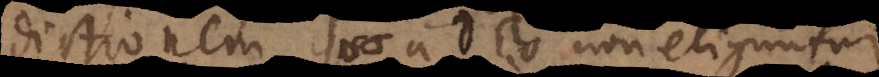
dictionem, quae a Deo non eliguntur.